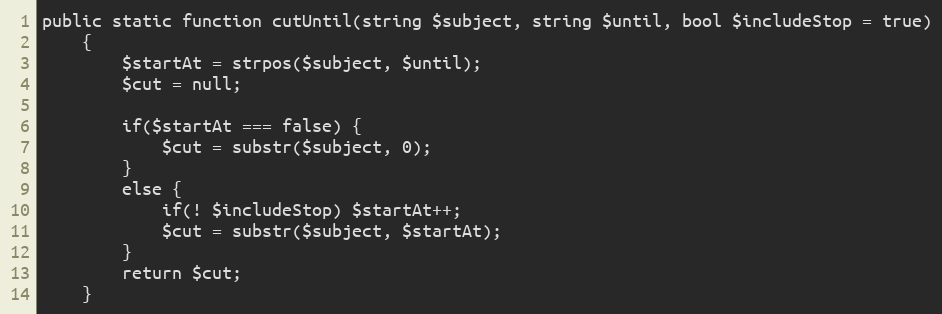
Language: PHP
public static function cutUntil(string $subject, string $until, bool $includeStop = true)
    {
        $startAt = strpos($subject, $until);
        $cut = null;

        if($startAt === false) {
            $cut = substr($subject, 0);
        }
        else {
            if(! $includeStop) $startAt++;
            $cut = substr($subject, $startAt);
        }
        return $cut;
    }